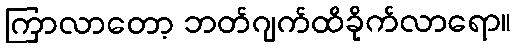
ကြာလာတော့ ဘတ်ဂျက်ထိခိုက်လာရော။